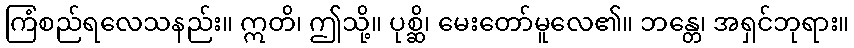
ကြံစည်ရလေသနည်း။ ဣတိ၊ ဤသို့။ ပုစ္ဆိ၊ မေးတော်မူလေ၏။ ဘန္တေ၊ အရှင်ဘုရား။